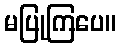
မပြုကြပေ။